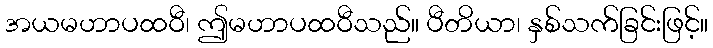
အယမဟာပထဝီ၊ ဤမဟာပထဝီသည်။ ပီတိယာ၊ နှစ်သက်ခြင်းဖြင့်။